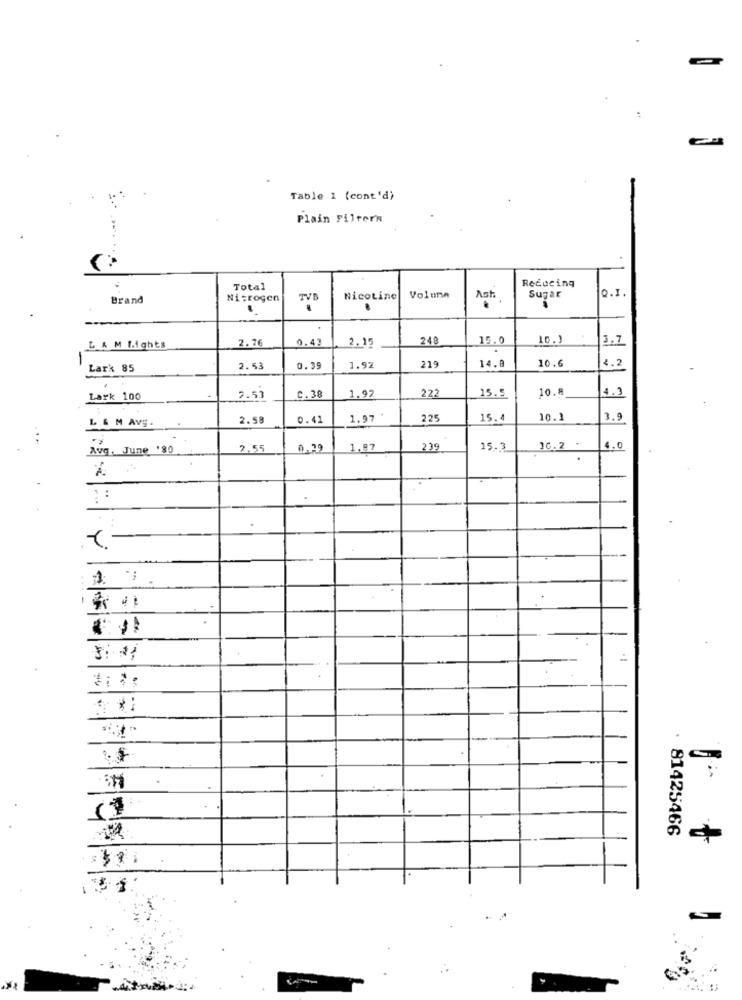
Table 1 (cont'd)
Plain Filtern
Reducing
Total
Q.I.
Brand
Nitrogen
TVE
Nicotine
Volume
Ast
Sugar
.
.
0.42
2.15
248
15.0
16.1
3.7
L & M Lights
2.76
10.6
4.2
Lark 85
2.53
0.39
1.92
219
14.@
222
15.5
10.8
4.3
Lark 100
2.53
C.38
1.92
L & M AVE.
2.58
0.42
1.97
225
15.4
10.1
3.9
Avg. June '80
2.55
0.29
1,87
239
15.3
10.2 .
4.0
1 .-
81425466